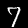
Digit: 7